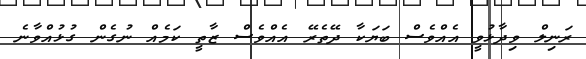
ރަނިލް ވިދާޅުވީ އެއްވެސް ބަޔަކާ ދޭތެރޭ އެއްވެސް ޒާތީ ކަމެއް ނުގެން ގުޅުއްވާނެ